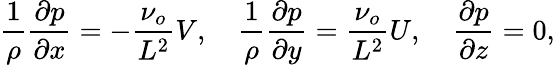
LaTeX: \frac{1}{\rho}\frac{\partial p}{\partial x}=-\frac{\nu_{o}}{L^{2}}V,\quad\frac{1}{\rho}\frac{\partial p}{\partial y}=\frac{\nu_{o}}{L^{2}}U,\quad\frac{\partial p}{\partial z}=0,